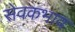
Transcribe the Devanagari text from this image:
सेवकभाव